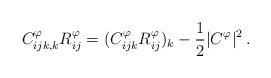
LaTeX: \begin{align*}C^\varphi_{ijk,k} R^\varphi_{ij} = (C^\varphi_{ijk} R^\varphi_{ij})_k - \frac{1}{2}|C^\varphi|^2 \, .\end{align*}